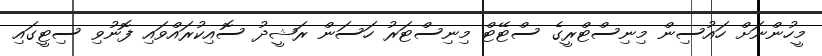
މީހުންނަށް ހައުސިން މިނިސްޓްރީގެ ސްޓޭޓް މިނިސްޓަރު ހަސަން ރަޝީދު ސޮއިކުރައްވައި ފޮނުވި ސިޓީގައި